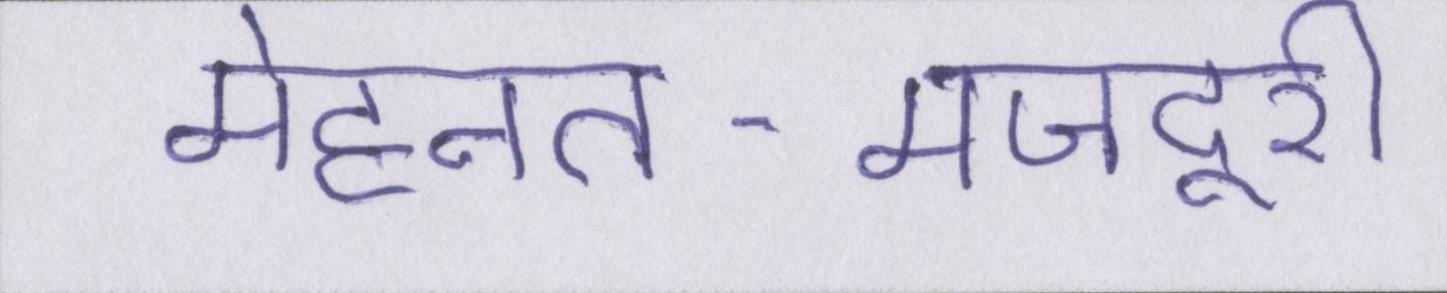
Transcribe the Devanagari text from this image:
मेहनत-मजदूरी